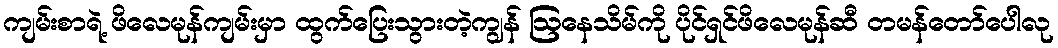
ကျမ်းစာရဲ့ ဖိလေမုန်ကျမ်းမှာ ထွက်ပြေးသွားတဲ့ကျွန် ဩနေသိမ်ကို ပိုင်ရှင်ဖိလေမုန်ဆီ တမန်တော်ပေါလု